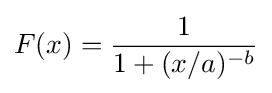
F(x)={\frac {1}{1+(x/a)^{-b}}}